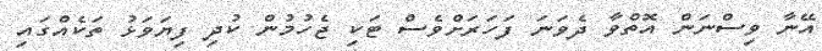
އޭނާ ވިސްނަން އޮތްވާ ދެވަނަ ފަހަރަށްވެސް ޓަކި ޖެހުމުން ކުދި ފިޔަވަޅު ތަކެއްގައި